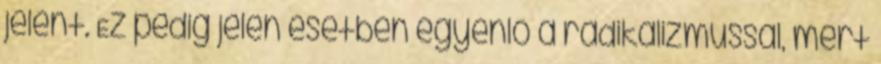
jelent. Ez pedig jelen esetben egyenlő a radikalizmussal, mert